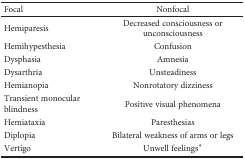
| Focal | Nonfocal |
 | --- | --- |
 | Hemiparesis | Decreased consciousness or unconsciousness |
 | Hemihypesthesia | Confusion |
 | Dysphasia | Amnesia |
 | Dysarthria | Unsteadiness |
 | Hemianopia | Nonrotatory dizziness |
 | Transient monocular blindness | Positive visual phenomena |
 | Hemiataxia | Paresthesias |
 | Diplopia | Bilateral weakness of arms or legs |
 | Vertigo | Unwell feelings∗ |